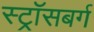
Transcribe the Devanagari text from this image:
स्ट्रॉसबर्ग